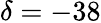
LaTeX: \delta=-38